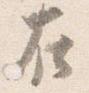
在